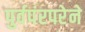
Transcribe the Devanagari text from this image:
पुर्वपंरपरेने